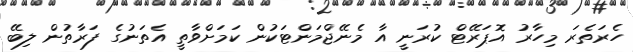
ހެރަތެރަ މިހާރު އޮޕަރޭޓް ކުރަނީ އާ މެނޭޖްމަންޓަކުން ކަމަށްވާތީ އެތަނުގެ ފަރާތުން ލިބޭ